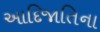
આદિજાતિના